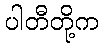
ပါတီတို့က